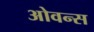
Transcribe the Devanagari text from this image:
ओवन्स